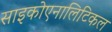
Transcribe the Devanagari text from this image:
साइकोएनालिटिकल